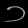
Digit: ၁